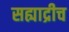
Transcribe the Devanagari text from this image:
सह्याद्रीच